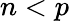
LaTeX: n<p